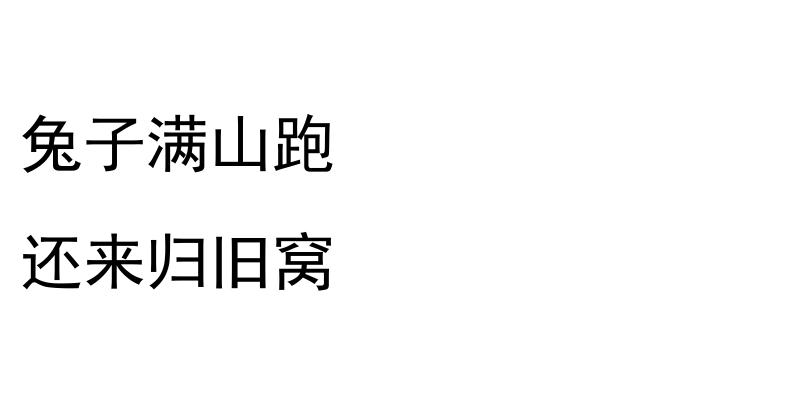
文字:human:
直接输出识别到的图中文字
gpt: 兔子满山跑 还来归旧窝